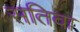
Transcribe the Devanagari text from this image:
सतिवा